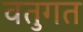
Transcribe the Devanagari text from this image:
वतुगत